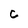
Character: C